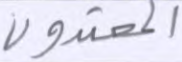
المعتدون